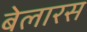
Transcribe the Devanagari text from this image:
बेलारस